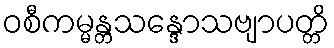
ဝစီကမ္မန္တသန္ဒောသဗျာပတ္တိ